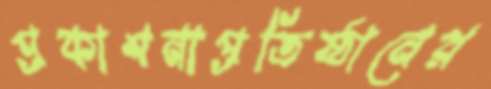
প্রকাশনাপ্রতিষ্ঠানের